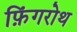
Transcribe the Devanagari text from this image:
फ़िंगरोथ